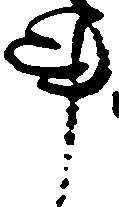
事